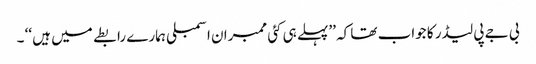
بی جے پی لیڈر کا جواب تھا کہ ’’پہلے ہی کئی ممبران اسمبلی ہمارے رابطے میں ہیں ‘‘ ۔